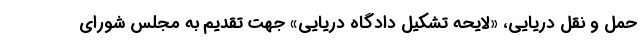
حمل و نقل دریایی، «لایحه تشکیل دادگاه دریایی» جهت تقدیم به مجلس شورای